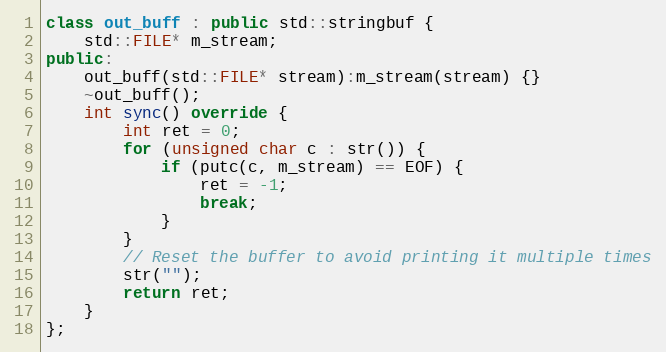
Language: C++
class out_buff : public std::stringbuf {
    std::FILE* m_stream;
public:
    out_buff(std::FILE* stream):m_stream(stream) {}
    ~out_buff();
    int sync() override {
        int ret = 0;
        for (unsigned char c : str()) {
            if (putc(c, m_stream) == EOF) {
                ret = -1;
                break;
            }
        }
        // Reset the buffer to avoid printing it multiple times
        str("");
        return ret;
    }
};